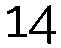
14